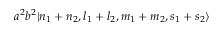
a ^ { 2 } b ^ { 2 } | n _ { 1 } + n _ { 2 } , l _ { 1 } + l _ { 2 } , m _ { 1 } + m _ { 2 } , s _ { 1 } + s _ { 2 } \rangle